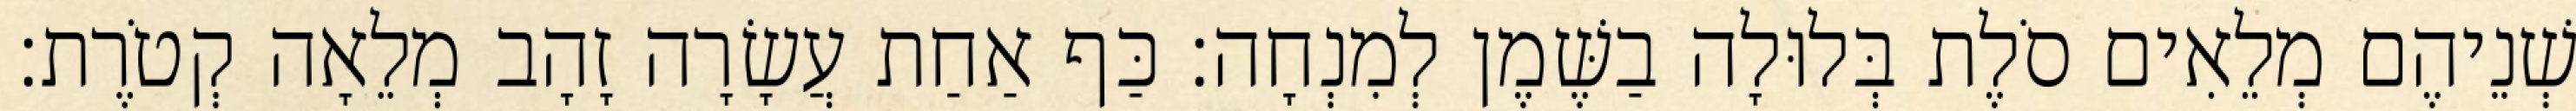
שְׁנֵיהֶם מְלֵאִים סֹלֶת בְּלוּלָה בַשֶּׁמֶן לְמִנְחָה׃ כַּף אַחַת עֲשָׂרָה זָהָב מְלֵאָה קְטֹרֶת׃